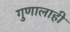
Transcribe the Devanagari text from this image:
गुणालाही